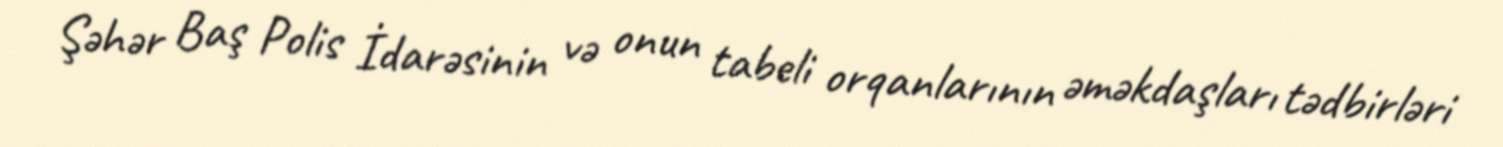
Şəhər Baş Polis İdarəsinin və onun tabeli orqanlarının əməkdaşları tədbirləri